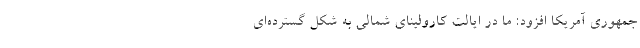
جمهوری آمریکا افزود: ما در ایالت کارولینای شمالی به شکل گسترده‌ای